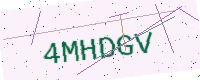
Text: 4MHDGV